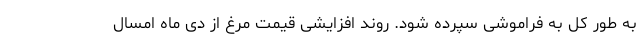
به طور کل به فراموشی سپرده شود. روند افزایشی قیمت مرغ از دی ماه امسال